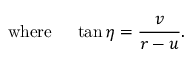
\mathrm { w h e r e } \ \ \ \ \tan \eta = { \frac { v } { r - u } } .